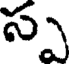
స్ప